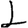
Digit: 1